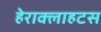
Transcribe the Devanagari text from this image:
हेराक्लाहटस